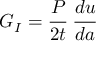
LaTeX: G _ { I } = { \cfrac { P } { 2 t } } ~ { \cfrac { d u } { d a } }